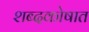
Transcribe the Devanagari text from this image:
शब्दकोषात